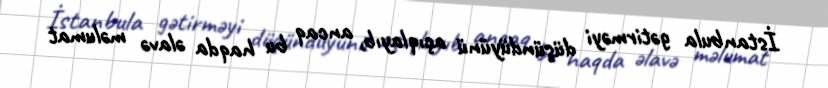
İstanbula gətirməyi düşündüyünü açıqlayıb, ancaq bu haqda əlavə məlumat